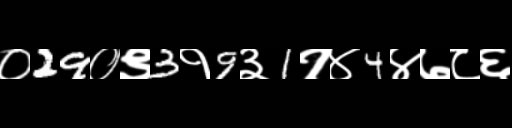
Text: ०29०९3१9३1१४4४७८६